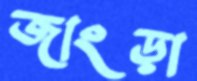
জাংড়া